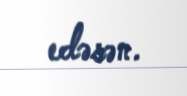
edəsən.